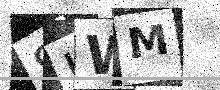
Text: SUWM